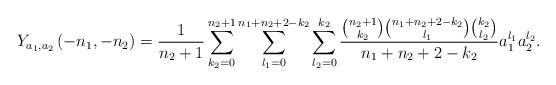
\begin{align*}Y_{a_{1},a_{2}}\left(-n_{1},-n_{2}\right)=\frac{1}{n_{2}+1}\sum_{k_{2}=0}^{n_{2}+1}\sum_{l_{1}=0}^{n_{1}+n_{2}+2-k_{2}}\sum_{l_{2}=0}^{k_{2}}\frac{\binom{n_{2}+1}{k_{2}}\binom{n_{1}+n_{2}+2-k_{2}}{l_{1}}\binom{k_{2}}{l_{2}}}{n_{1}+n_{2}+2-k_{2}}a_{1}^{l_{1}}a_{2}^{l_{2}}.\end{align*}